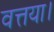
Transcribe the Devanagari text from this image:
वत्तया।